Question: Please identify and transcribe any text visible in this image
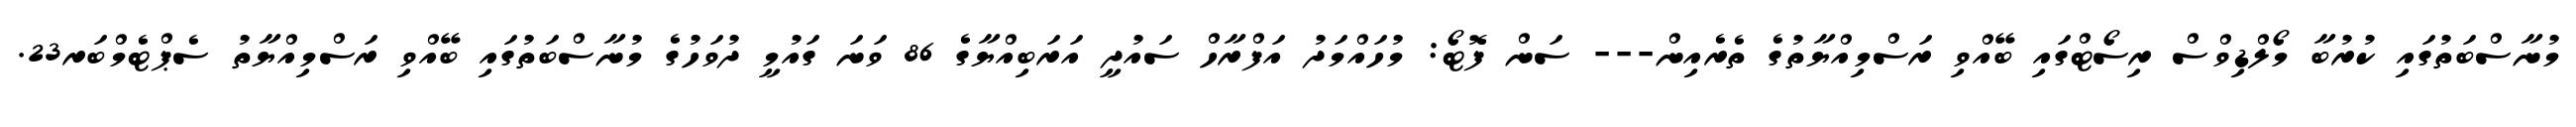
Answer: މުނާސްބަތުގައި ކުރުބާ މޯލްޑިވްސް ރިސޯޓްގައި ބޭއްވި ރަސްމިއްޔާތުގެ ތެރެއިން--- ސަން ފޮޓޯ: މުހައްމަދު އަފްރާހް ސައުދީ އަރަބިއްޔާގެ 86 ވަނަ ގައުމީ ދުވަހުގެ މުނާސްބަތުގައި ބޭއްވި ރަސްމިއްޔާތު ސެޕްޓެމްބަރ23.